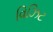
વિઝિટ